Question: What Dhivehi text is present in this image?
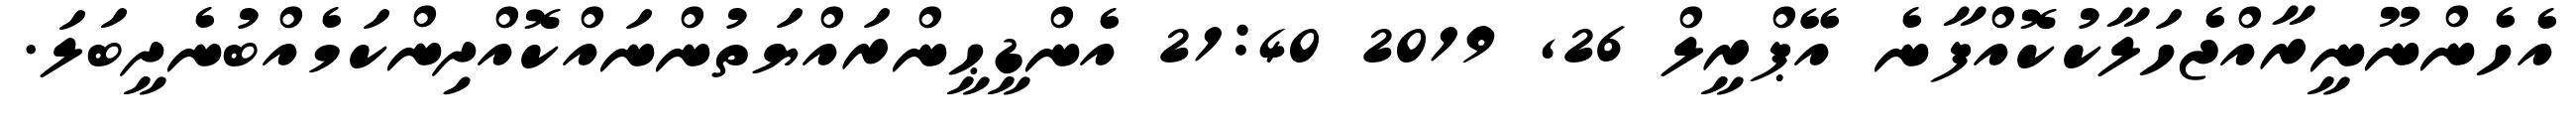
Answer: އެހެންނޫނީރާއްޖެހަލާކުކޮއްފާނެ އޭޕްރީލް 26, 2019 21:40 އެންޑީޙީންރައްޔަތުންނައްކޮއްދިންކަމެއްބުނެދީބަލަ.